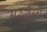
મહરૌલી